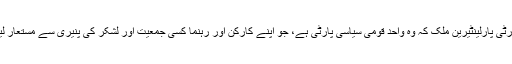
اس بات میں تو کوئی شک نہیں کہ پاکستان پیپلز پارٹی پارلینٹیرین ملک کہ وہ واحد قومی سیاسی پارٹی ہے، جو اپنے کارکن اور رہنما کسی جمعیت اور لشکر کی پنیری سے مستعار لینے کے بجائے اپنے بطن سے پیدا کرتی رہی ہے۔